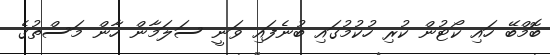
ބޮމްބޭ ހައި ކޯޓުން ކުރި ހުކުމުގައި ބުނެފައި ވަނީ ސަލަމާން ހާން މަސްތުގެ